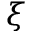
\xi